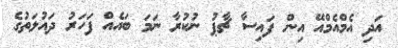
އަދި އެމްއެމްއޭ އިން ފައިސާ ޗާޕު ނުކުރާ ނަމަ ބައެއް ފަހަރު ދައުލަތުގެ